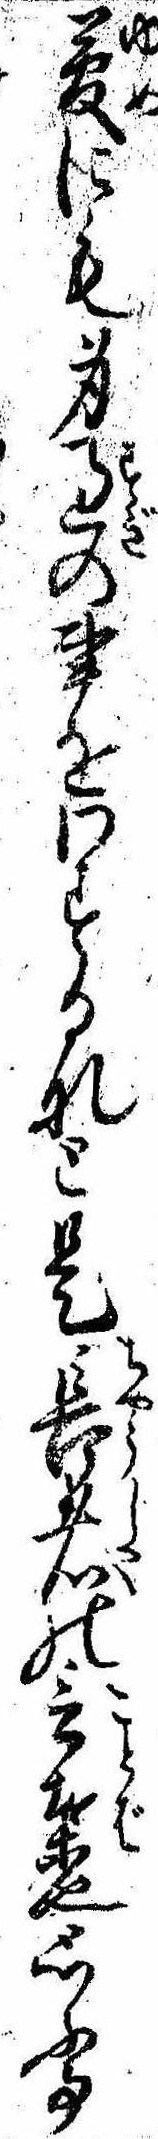
夢にも身過の事をわするなと是長者の言葉也思ふ事